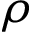
\rho